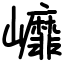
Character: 㠧